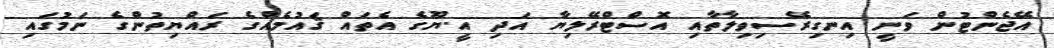
އޭޖެންޓުން ވަނީ އިނގިރޭސިވިލާތާއި އޮސްޓްރޭލިޔާ އަދި އީ.ޔޫގެ އެތައް ޤައުމެއްގެ ރައްޔިތުންގެ ނަމުގައި